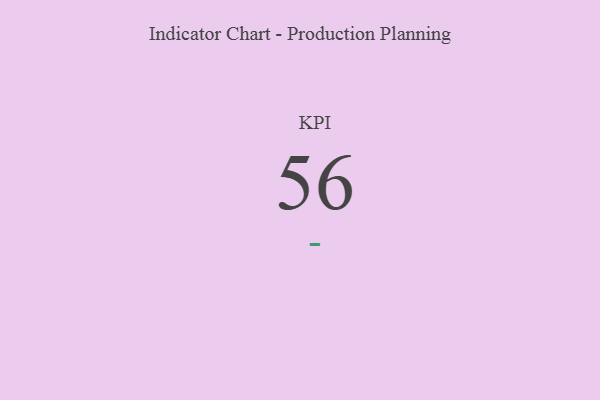
{"axis": {"x": "KPI", "y": "Value"}, "legend": [""], "data": [{"x": "KPI", "y": 56, "type": ""}]}